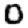
Digit: 0